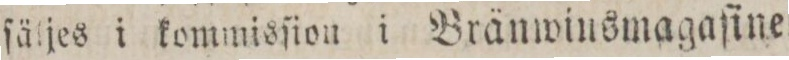
ſäljes i kommisſion i Bränwinsmagaſinet